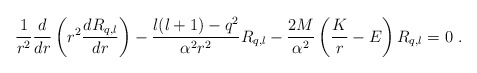
\begin{align*}\frac1{r^2}\frac d{dr}\left(r^2\frac{dR_{q,l}}{dr}\right)-\frac{l(l+1)-q^2}{\alpha^2r^2}R_{q,l}-\frac{2M}{\alpha^2}\left(\frac Kr-E\right)R_{q,l}=0 \ .\end{align*}